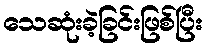
သေဆုံးခဲ့ခြင်းဖြစ်ပြီး